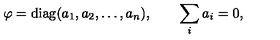
\varphi = \mathrm { d i a g } ( a _ { 1 } , a _ { 2 } , \ldots , a _ { n } ) , \qquad \sum _ { i } a _ { i } = 0 ,